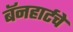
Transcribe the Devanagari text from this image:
बॅनहार्टचे